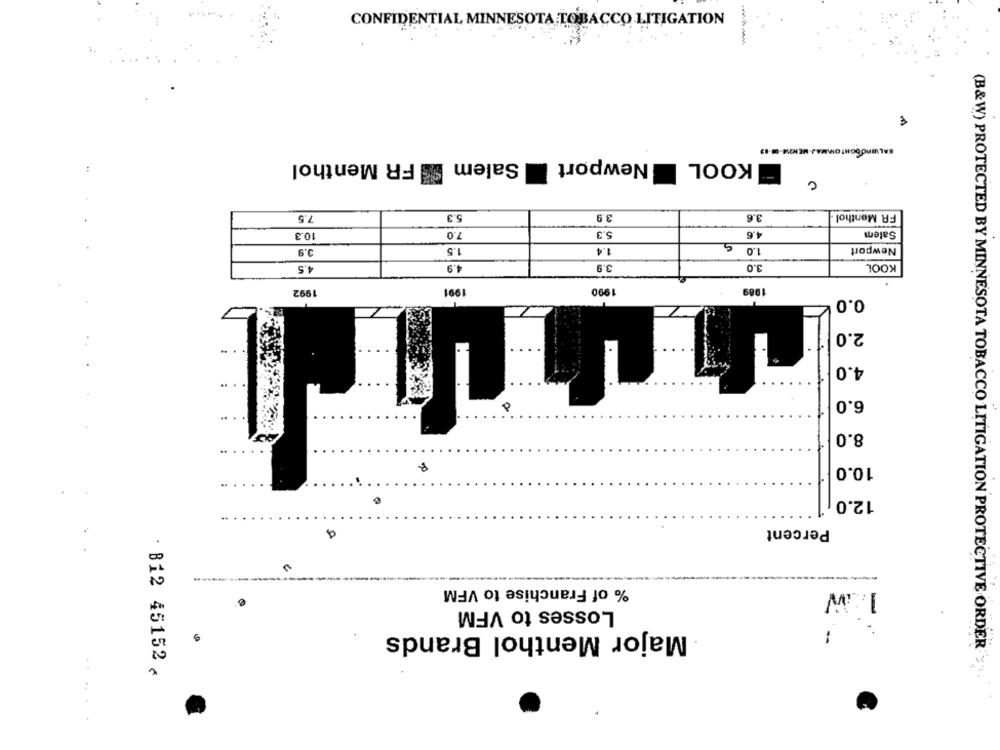
CONFIDENTIAL MINNESOTA TOBACCO LITIGATION
---
BALIBROSONT OMMAJ. MEN21-08-12
Salem FR Menthol
Newport
KOOL
C
7.5
5.3
3.9
3.6
FR Menthol :
10.3
7.0
5.3
4.6
Salem
1.5
1.4
5
1.0
Newport
3.9
4.5
4.9
3.9
3.0
KOOL
1992
1991
1990
1989
0.0
2.0
4.0
6.0
8.0
10.0
12.0
Percent
% of Franchise to VFM
Losses to VFM
-
9
Major Menthol Brands
-
(B&W) PROTECTED BY MINNESOTA TOBACCO LITIGATION PROTECTIVE ORDER
: B12 45152